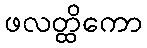
ဖလတ္ထိကော